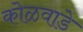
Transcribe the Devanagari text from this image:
कोळवाडे